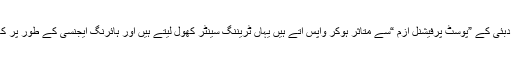
کئی لوگ جو دبئی کے ”پوسٹ پرفیشنل ازم “سے متاثر ہوکر واپس آتے ہیں یہاں ٹریننگ سینٹر کھول لیتے ہیں اور ہائرنگ ایجنسی کے طور پر کام کرتے ہیں۔